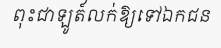
ពុះជាឡូត៍លក់ឱ្យទៅឯកជន